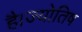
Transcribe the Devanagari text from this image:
है।ज्योतिष